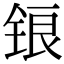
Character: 锒